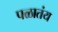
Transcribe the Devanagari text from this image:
पळातंय